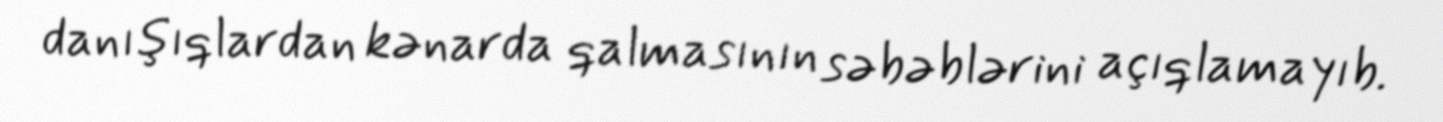
danışıqlardan kənarda qalmasının səbəblərini açıqlamayıb.